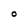
Character: O